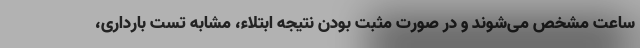
ساعت مشخص می‌شوند و در صورت مثبت بودن نتیجه ابتلاء، مشابه تست بارداری،